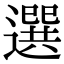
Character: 選